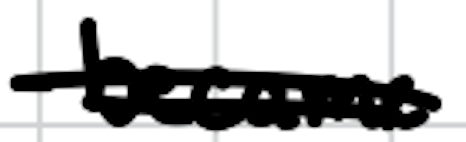
Text: became
Cross-out: double-line
Writing tool: digital_black